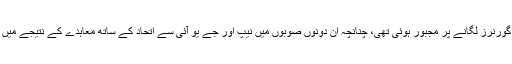
اسی عددی کمزوری کے باعث پیپلزپارٹی 1970ء میں صوبہ سرحد اور بلوچستان میں نیشنل عوامی پارٹی کے گورنرز لگانے پر مجبور ہوئی تھی، چنانچہ اِن دونوں صوبوں میں نیپ اور جے یو آئی سے اتحاد کے ساتھ معاہدے کے نتیجے میں صوبہ سرحد میں نیپ کے ارباب سکندر خان خلیل اور بلوچستان میں غوث بخش بزنجو گورنر مقرر ہوئے تھے۔